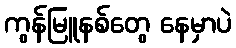
ကွန်မြူနစ်တွေ နေမှာပဲ